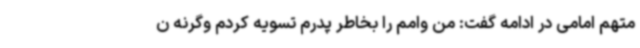
متهم امامی در ادامه گفت: من وامم را بخاطر پدرم تسویه کردم وگرنه ن